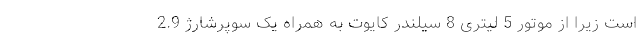
است زیرا از موتور 5 لیتری 8 سیلندر کایوت به همراه یک سوپرشارژ 2.9